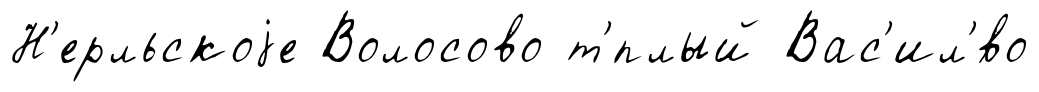
Н'ерльскоjе Волосово т'́плый Вас'ил'́во